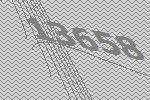
13658